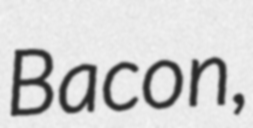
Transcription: Bacon,